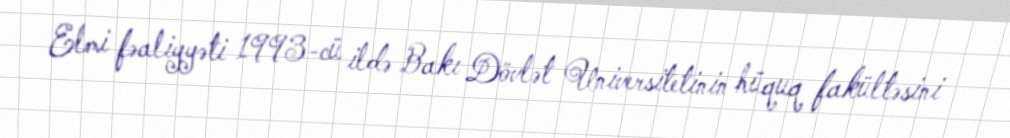
Elmi fəaliyyəti 1993-cü ildə Bakı Dövlət Universitetinin hüquq fakültəsini